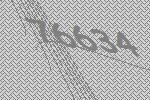
76634